Vaccination in Bombay 1869-1873 - 1869-1873
Year: 1869
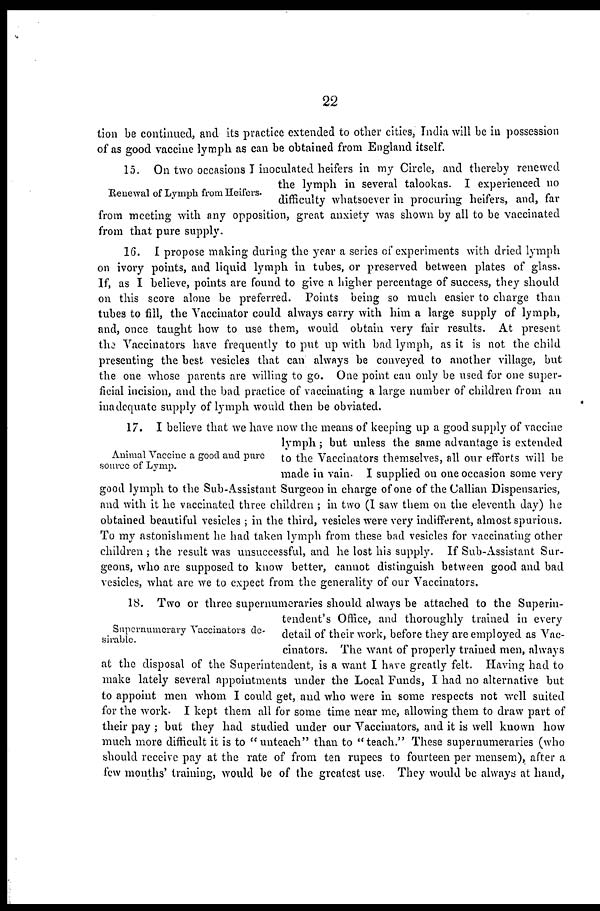
22
Renewal of Lymph from Heifers.
tion be continued, and its practice extended to other cities, India will be in possession
of as good vaccine lymph as can be obtained from England itself.
15. On two occasions I inoculated heifers in my Circle, and thereby renewed
the lymph in several talookas. I experienced no
difficulty whatsoever in procuring heifers, and, far
from meeting with any opposition, great anxiety was shown by all to be vaccinated
from that pure supply.
16. I propose making during the year a series of experiments with dried lymph
on ivory points, and liquid lymph in tubes, or preserved between plates of glass.
If, as I believe, points are found to give a higher percentage of success, they should
on this score alone be preferred. Points being so much easier to charge than
tubes to fill, the Vaccinator could always carry with him a large supply of lymph,
and, once taught how to use them, would obtain very fair results. At present
the Vaccinators have frequently to put up with bad lymph, as it is not the child
presenting the best vesicles that can always be conveyed to another village, but
the one whose parents are willing to go. One point can only be used for one super-
ficial incision, and the bad practice of vaccinating a large number of children from an
inadequate supply of lymph would then be obviated.
Animal Vaccine a good and pure
source of Lymp.
17. I believe that we have now the means of keeping up a good supply of vaccine
lymph ; but unless the same advantage is extended
to the Vaccinators themselves, all our efforts will be
made in vain. I supplied on one occasion some very
good lymph to the Sub-Assistant Surgeon in charge of one of the Callian Dispensaries,
and with it he vaccinated three children ; in two (I saw them on the eleventh day) he
obtained beautiful vesicles ; in the third, vesicles were very indifferent, almost spurious.
To my astonishment he had taken lymph from these bad vesicles for vaccinating other
children ; the result was unsuccessful, and he lost his supply. If Sub-Assistant Sur-
geons, who are supposed to know better, cannot distinguish between good and bad
vesicles, what are we to expect from the generality of our Vaccinators.
Supernumerary Vaccinators de-
sirable.
18. Two or three supernumeraries should always be attached to the Superin-
tendent's Office, and thoroughly trained in every
detail of their work, before they are employed as Vac-
cinators. The want of properly trained men, always
at the disposal of the Superintendent, is a want I have greatly felt. Having had to
make lately several appointments under the Local Funds, I had no alternative but
to appoint men whom I could get, and who were in some respects not well suited
for the work. I kept them all for some time near me, allowing them to draw part of
their pay ; but they had studied under our Vaccinators, and it is well known how
much more difficult it is to "unteach" than to "teach." These supernumeraries (who
should receive pay at the rate of from ten rupees to fourteen per mensem), after a
few mouths' training, would be of the greatest use. They would be always at hand,